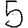
Digit: 5